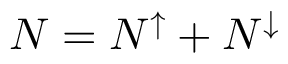
N = N ^ { \uparrow } + N ^ { \downarrow }